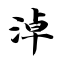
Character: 淖